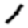
Digit: 1